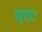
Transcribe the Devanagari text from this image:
वृत्तः